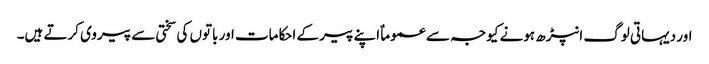
اور دیہاتی لوگ انپڑھ ہونے کیوجہ سے عموماٌ اپنے پیر کے احکامات اور باتوں کی سختی سے پیروی کرتے ہیں۔